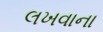
લખવાના